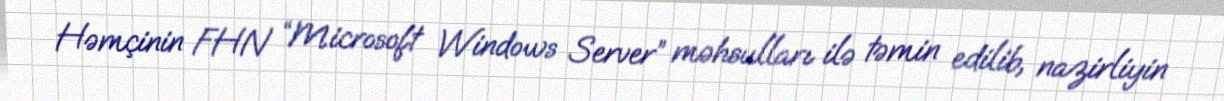
Həmçinin FHN “Microsoft Windows Server” məhsulları ilə təmin edilib, nazirliyin